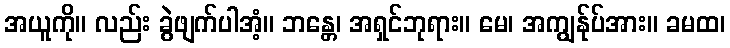
အယူကို။ လည်း ခွဲဖျက်ပါအံ့။ ဘန္တေ၊ အရှင်ဘုရား။ မေ၊ အကျွန်ုပ်အား။ ခမထ၊